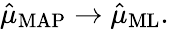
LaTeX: {\hat{\mu}}_{\mathrm{MAP}}\to{\hat{\mu}}_{\mathrm{ML}}.